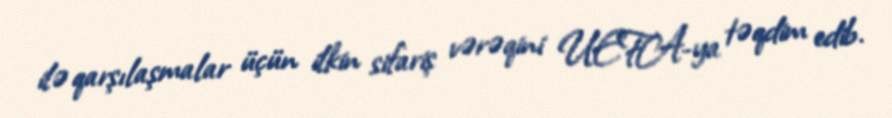
ilə qarşılaşmalar üçün ilkin sifariş vərəqini UEFA-ya təqdim edib.